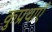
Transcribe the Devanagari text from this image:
कुप्रथाएँ